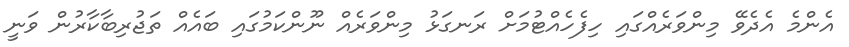
އެންމެ އެދެވޭ މިންވަރެއްގައި ހިފެހެއްޓުމަށް ރަނގަޅު މިންވަރެއް ނޫންކަމުގައި ބައެއް ތަޖުރިބާކާރުން ވަނީ